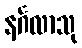
နင်္ဂလာသု